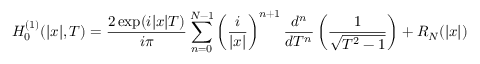
H _ { 0 } ^ { ( 1 ) } ( \lvert x \rvert , T ) = \frac { 2 \exp ( i \lvert x \rvert T ) } { i \pi } \sum _ { n = 0 } ^ { N - 1 } \left( \frac { i } { \lvert x \rvert } \right) ^ { n + 1 } \frac { d ^ { n } } { d T ^ { n } } \left( \frac { 1 } { \sqrt { T ^ { 2 } - 1 } } \right) + R _ { N } ( \lvert x \rvert )